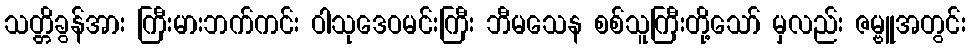
သတ္တိခွန်အား ကြီးမားဘက်ကင်း ဝါသုဒေဝမင်းကြီး ဘီမသေန စစ်သူကြီးတို့သော် မှလည်း ဇမ္ဗူအတွင်း